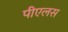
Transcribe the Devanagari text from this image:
पीएलस